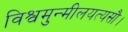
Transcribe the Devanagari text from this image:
विश्वमुन्मीलयत्यसौ।